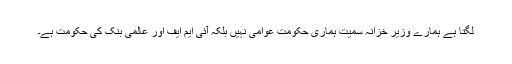
لگتا ہے ہمارے وزیر خزانہ سمیت ہماری حکومت عوامی نہیں بلکہ آئی ایم ایف اور عالمی بنک کی حکومت ہے۔